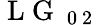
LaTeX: \mathrm{~L~G~}_{\mathrm{~0~2~}}